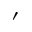
^ { ' }